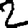
Digit: 2